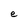
Character: e